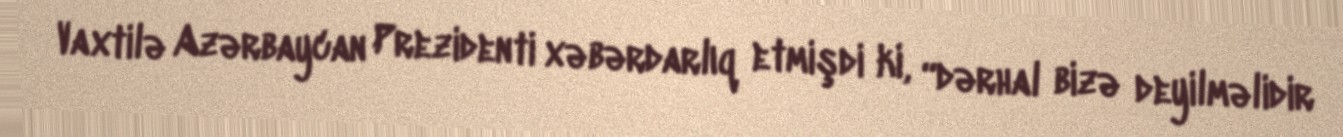
Vaxtilə Azərbaycan Prezidenti xəbərdarlıq etmişdi ki, “dərhal bizə deyilməlidir